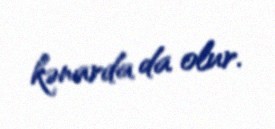
kənarda da olur.